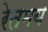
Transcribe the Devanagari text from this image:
रेतमय